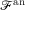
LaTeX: { \mathcal { F } } ^ { \mathrm { a n } }